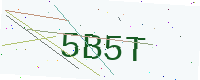
Text: 5B5T